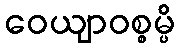
ဝေယျာဝစ္စမ္ပိ